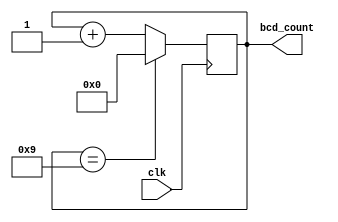
module bcd_counter (
    input wire clk,
    output reg [3:0] bcd_count
);

reg [3:0] count_reg;

always @(posedge clk) begin
    if(count_reg == 4'b1001) begin
        count_reg <= 4'b0000;
    end else begin
        count_reg <= count_reg + 1;
    end
end

assign bcd_count = count_reg;

endmodule